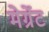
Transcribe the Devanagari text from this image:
मेर्ग्रेट